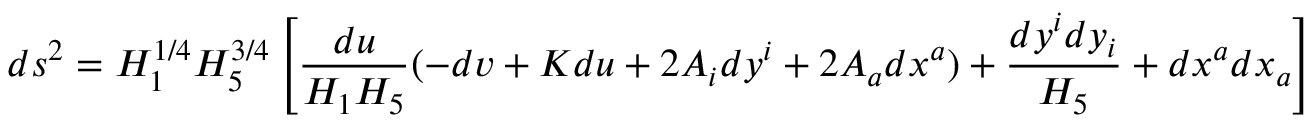
d s ^ { 2 } = H _ { 1 } ^ { 1 / 4 } H _ { 5 } ^ { 3 / 4 } \left[ { \frac { d u } { H _ { 1 } H _ { 5 } } } ( - d v + K d u + 2 A _ { i } d y ^ { i } + 2 A _ { a } d x ^ { a } ) + { \frac { d y ^ { i } d y _ { i } } { H _ { 5 } } } + d x ^ { a } d x _ { a } \right]